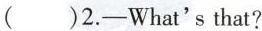
( )2.-What'sthat?